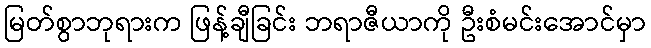
မြတ်စွာဘုရားက ဖြန့်ချီခြင်း ဘရာဇီယာကို ဦးစံမင်းအောင်မှာ